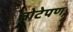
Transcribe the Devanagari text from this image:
तोटेपण